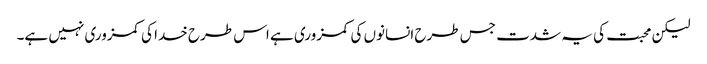
لیکن محبت کی یہ شدت جس طرح انسانوں کی کمزوری ہے اس طرح خدا کی کمزوری نہیں ہے۔